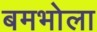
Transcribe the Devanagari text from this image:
बमभोला